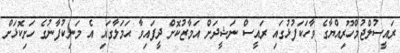
ރައީސުލްޖުމްހޫރިއްޔާގެ ވާހަކަފުޅުގައި ރައީސް ނަޝީދަށް އަމާޒުކޮށް ދީފައިވާ ޙަމަލާގައި އެ މަނިކުފާނުގެ ހަށިކޮޅަށް